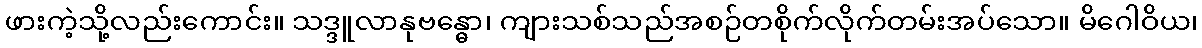
ဖားကဲ့သို့လည်းကောင်း။ သဒ္ဒူလာနုဗန္ဓော၊ ကျားသစ်သည်အစဉ်တစိုက်လိုက်တမ်းအပ်သော။ မိဂေါဝိယ၊